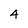
Character: 4